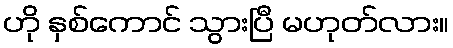
ဟို နှစ်ကောင် သွားပြီ မဟုတ်လား။